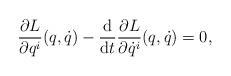
LaTeX: \begin{gather*} \frac{ \partial L }{ \partial q ^i } ( q, \dot{q} ) - \frac{\mathrm{d}}{\mathrm{d}t} \frac{ \partial L }{ \partial \dot{q} ^i } ( q, \dot{q} ) = 0,\end{gather*}